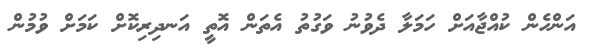
އަންހެން ކުއްޖާއަށް ހަމަލާ ދެވުނު ވަގުތު އެތަން އޮތީ އަނދިރިކޮށް ކަމަށް ވުމުން